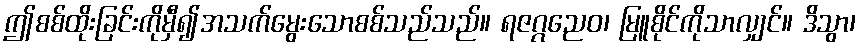
ဤစစ်ထိုးခြင်းကိုမှီ၍အသက်မွေးသောစစ်သည်သည်။ ရဇဂ္ဂညေဝ၊ မြူစိုင်ကိုသာလျှင်။ ဒိသွာ၊